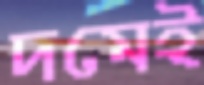
দমেই